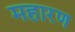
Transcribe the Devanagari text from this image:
महारण